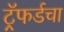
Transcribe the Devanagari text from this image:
ट्रॅफर्डचा